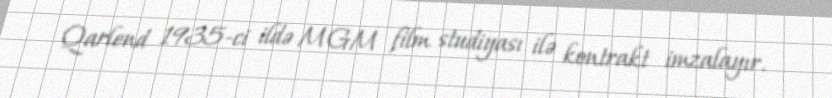
Qarlend 1935-ci ildə MGM film studiyası ilə kontrakt imzalayır.